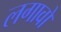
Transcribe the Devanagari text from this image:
लगावों